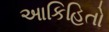
આકિહિતો